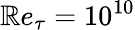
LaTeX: \mathbb{R}e_{\tau}=10^{10}